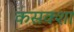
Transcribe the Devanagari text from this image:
कसक्शा